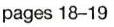
pages 18-19